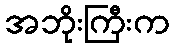
အဘိုးကြီးက